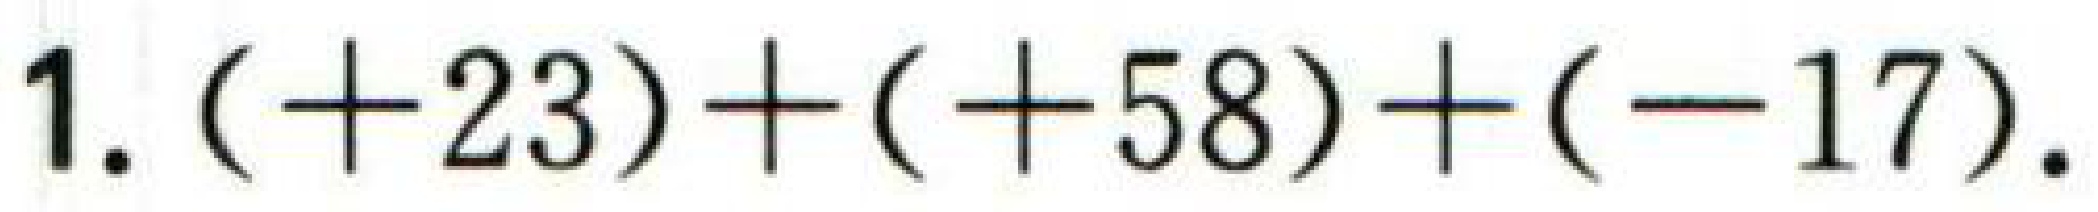
1. \(( + 23)+( + 58)+( - 17)\).